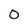
Character: 0